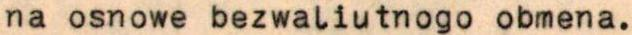
na osnowe bezwaliutnogo obmena.